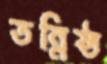
তন্নিষ্ঠ